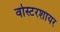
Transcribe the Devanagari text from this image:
वोस्टरशायर